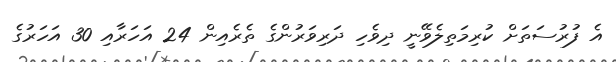
އެ ފުރުސަތަށް ކުރިމަތިލެވޭނީ ދިވެހި ދަރިވަރުންގެ ތެރެއިން 24 އަހަރާއި 30 އަހަރުގެ